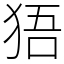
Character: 㹳